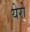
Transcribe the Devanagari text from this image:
येरो